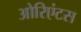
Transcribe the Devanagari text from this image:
ओरिएंटस